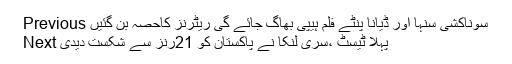
Previous سوناکشی سنہا اور ڈیانا پنٹے فلم ہیپی بھاگ جائے گی ریٹرنز کاحصہ بن گئیں
Next پہلا ٹیسٹ ،سری لنکا نے پاکستان کو 21رنز سے شکست دیدی